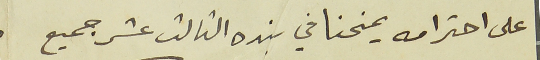
على احترامه يمنحنا في بنده الثالث عشر جميع